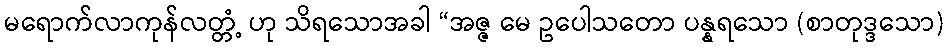
မရောက်လာကုန်လတ္တံ့ ဟု သိရသောအခါ “အဇ္ဇ မေ ဥပေါသတော ပန္နရသော (စာတုဒ္ဒသော)